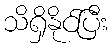
သိရှိနိုင်ပြီး